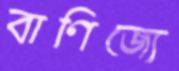
বাণিজ্যে